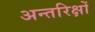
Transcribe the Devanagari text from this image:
अन्तरिक्षों